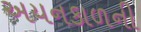
અયનકાળની